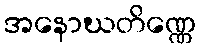
အနောဃတိဏ္ဏေ